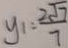
y _ { 1 } = \frac { 2 \sqrt { 7 } } { 7 }